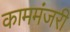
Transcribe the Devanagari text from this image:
काममंजरी